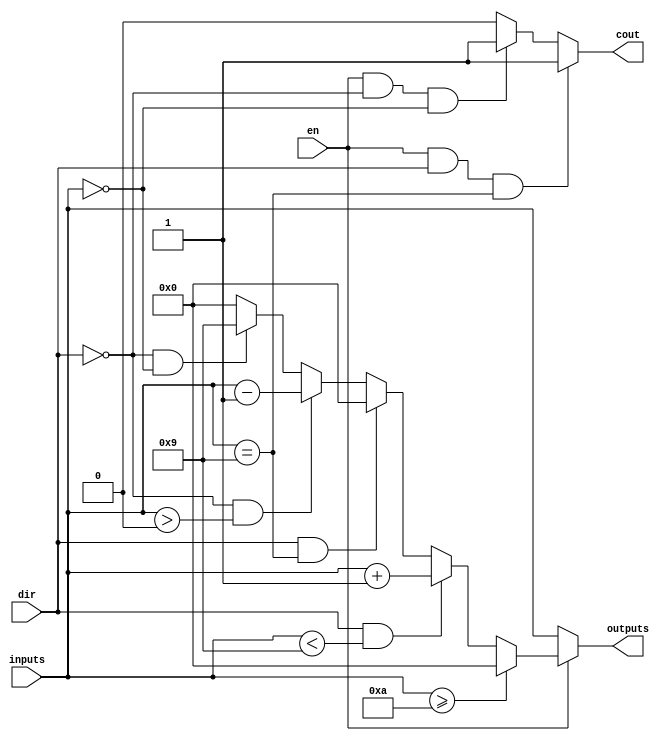
`timescale 1ns / 1ps

module lab2_1 (inputs, en, dir, outputs, cout);
	
	input   [3:0] inputs;
	input   en, dir;
	output  [3:0] outputs;
	output  cout;
	
	assign cout = (en == 1 && dir == 1 && inputs == 4'b1001) ? 1 :
				  (en == 1 && dir == 0 && inputs == 4'b0000) ? 1 : 0;
	
	assign outputs = (en == 0) ? inputs :
					 (inputs >= 4'b1010) ? 4'b0000 :
					 (dir == 1 && inputs < 4'b1001) ? inputs + 1 :
					 (dir == 1 && inputs == 4'b1001) ? 4'b0000 :
					 (dir == 0 && inputs > 4'b0000) ? inputs - 1 :
					 (dir == 0 && inputs == 4'b0000) ? 4'b1001 : 4'b0000; 
	
endmodule